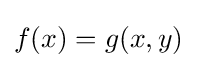
f(x)=g(x,y)